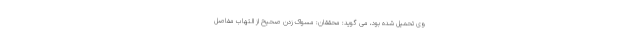
وی تحمیل شده بود، می گوید: محققان: مسواک زدن صحیح از التهاب مفاصل